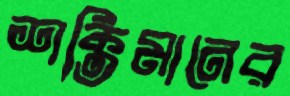
শক্তিমানের